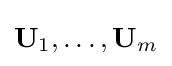
\mathbf {U} _{1},\ldots ,\mathbf {U} _{m}